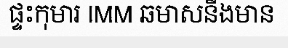
ផ្ទះកុមារ IMM ឆមាសនឹងមាន